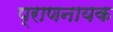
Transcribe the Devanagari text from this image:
प्राणनायक